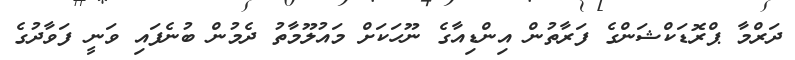
ދަރްމާ ޕްރޮޑަކްޝަންގެ ފަރާތުން އިންޑިއާގެ ނޫހަކަށް މައުލޫމާތު ދެމުން ބުނެފައި ވަނީ ފަވާދުގެ